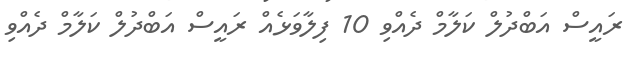
ރައީސް އަބްދުލް ކަލާމް ދެއްވި 10 ފިލާވަޅެއް ރައީސް އަބްދުލް ކަލާމް ދެއްވި